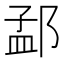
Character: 𮷫